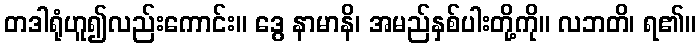
တဒါရုံဟူ၍လည်းကောင်း။ ဒွေ နာမာနိ၊ အမည်နှစ်ပါးတို့ကို။ လဘတိ၊ ရ၏။